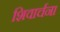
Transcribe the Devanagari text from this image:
शिवार्चना